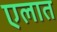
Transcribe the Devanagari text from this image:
एलात